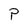
Character: P